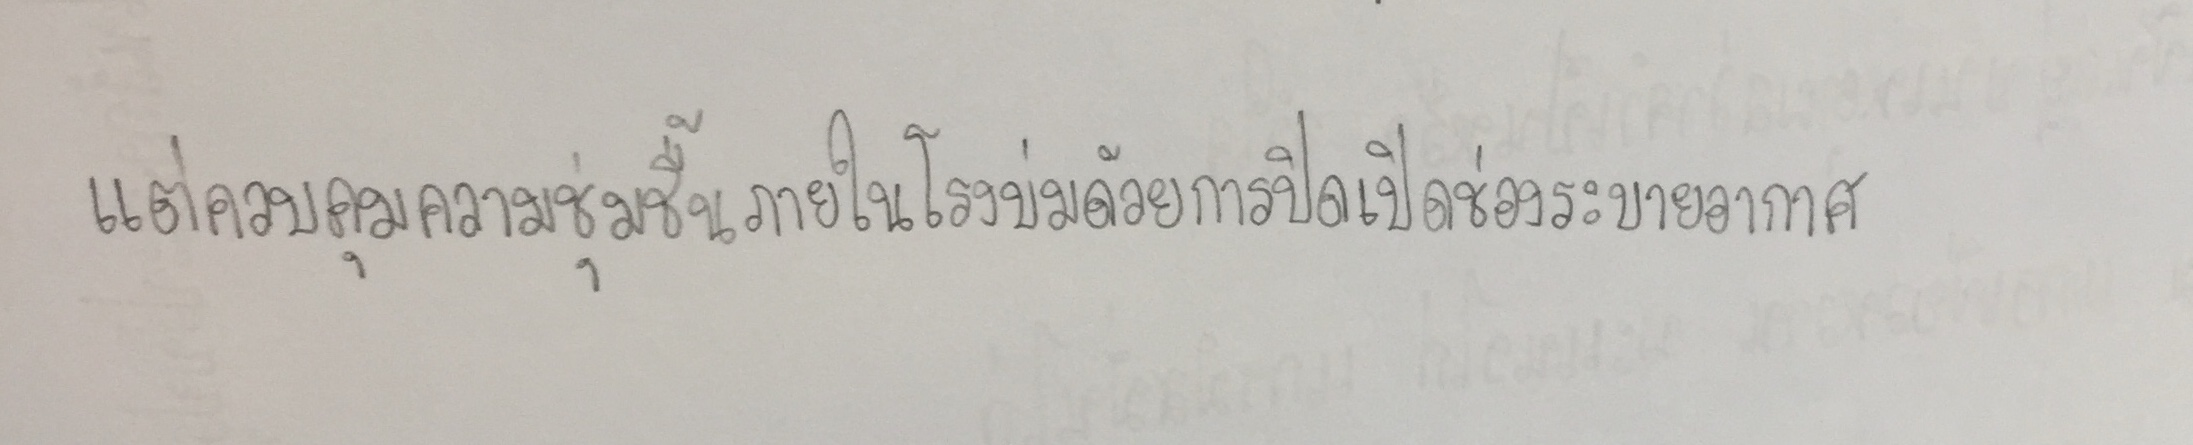
แต่ควบคุมความชื้นภายในโรงบ่มด้วยการปิดเปิดช่องระบายอากาศ